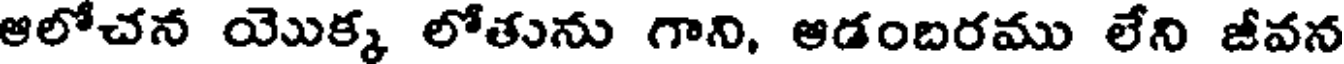
ఆలోచన యొక్క లోతును గాని, ఆడంబరము లేని జీవన